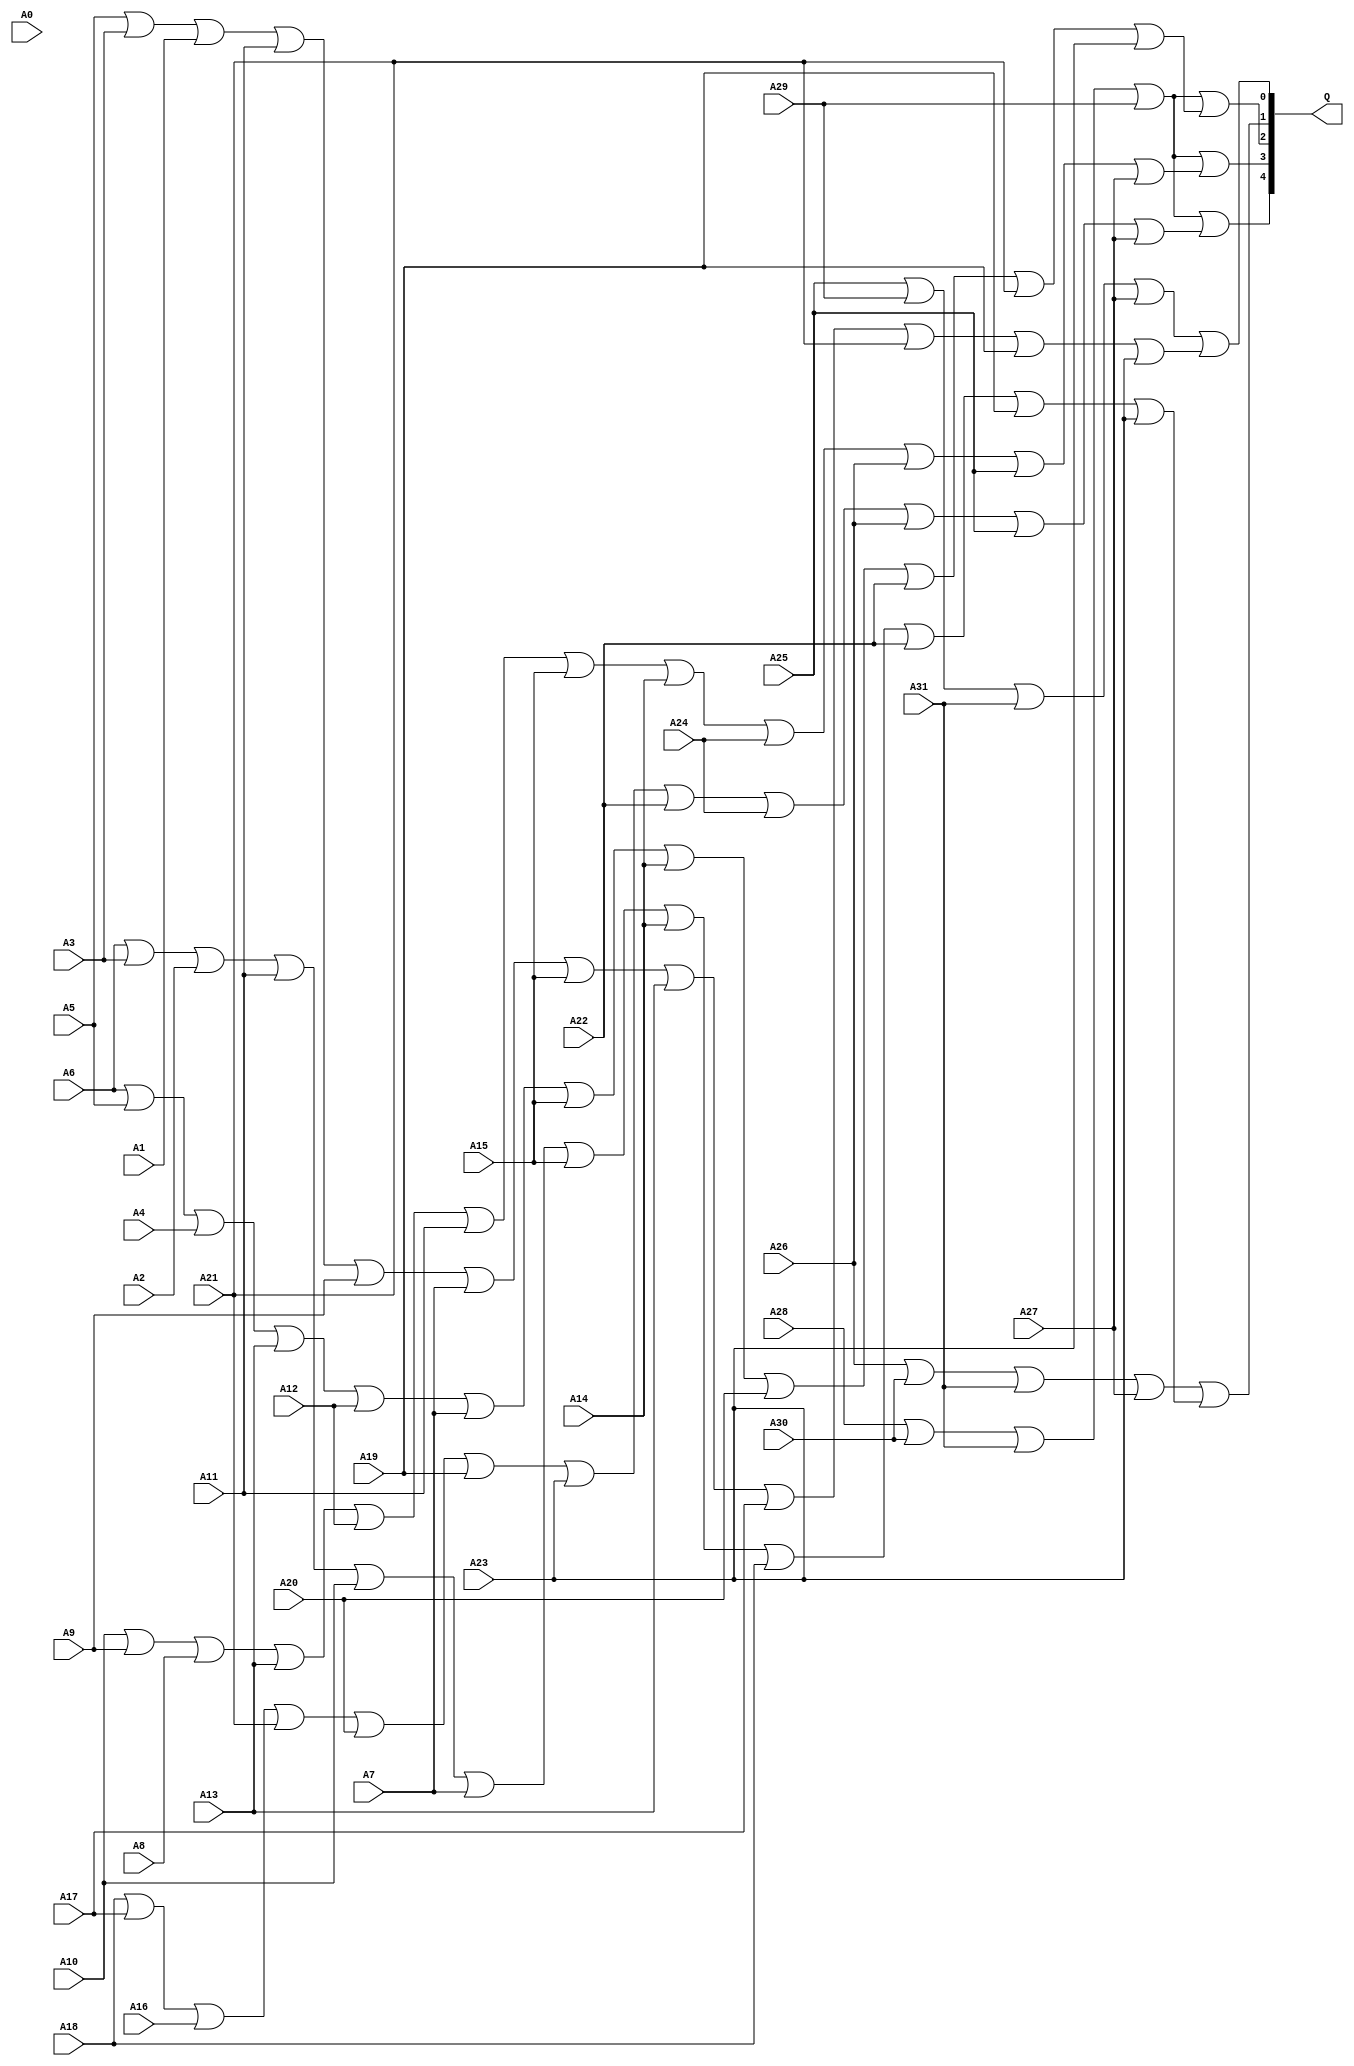
module Encoder_32(
	A0,
	A1,
	A2,
	A3,
	A4,
	A5,
	A6,
	A7,
	A8,
	A9,
	A10,
	A11,
	A12,
	A13,
	A14,
	A15,
	A16,
	A17,
	A18,
	A19,
	A20,
	A21,
	A22,
	A23,
	A24,
	A25,
	A26,
	A27,
	A28,
	A29,
	A30,
	A31,
	Q
);


input wire	A0;
input wire	A1;
input wire	A2;
input wire	A3;
input wire	A4;
input wire	A5;
input wire	A6;
input wire	A7;
input wire	A8;
input wire	A9;
input wire	A10;
input wire	A11;
input wire	A12;
input wire	A13;
input wire	A14;
input wire	A15;
input wire	A16;
input wire	A17;
input wire	A18;
input wire	A19;
input wire	A20;
input wire	A21;
input wire	A22;
input wire	A23;
input wire	A24;
input wire	A25;
input wire	A26;
input wire	A27;
input wire	A28;
input wire	A29;
input wire	A30;
input wire	A31;
output wire	[4:0] Q;

wire	[4:0] Q_ALTERA_SYNTHESIZED;
wire	SYNTHESIZED_WIRE_0;
wire	SYNTHESIZED_WIRE_1;
wire	SYNTHESIZED_WIRE_2;
wire	SYNTHESIZED_WIRE_3;
wire	SYNTHESIZED_WIRE_4;
wire	SYNTHESIZED_WIRE_5;
wire	SYNTHESIZED_WIRE_6;
wire	SYNTHESIZED_WIRE_7;
wire	SYNTHESIZED_WIRE_8;
wire	SYNTHESIZED_WIRE_9;




assign	SYNTHESIZED_WIRE_1 = A5 | A3 | A1 | A11 | A9 | A7 | A15 | A13 | A17 | A21 | A19 | A23;

assign	SYNTHESIZED_WIRE_0 = A25 | A29 | A31 | A27;

assign	Q_ALTERA_SYNTHESIZED[0] = SYNTHESIZED_WIRE_0 | SYNTHESIZED_WIRE_1;

assign	SYNTHESIZED_WIRE_3 = A6 | A3 | A2 | A11 | A10 | A7 | A15 | A14 | A18 | A22 | A19 | A23;

assign	SYNTHESIZED_WIRE_2 = A26 | A30 | A31 | A27;

assign	SYNTHESIZED_WIRE_5 = A6 | A5 | A4 | A13 | A12 | A7 | A15 | A14 | A20 | A22 | A21 | A23;

assign	Q_ALTERA_SYNTHESIZED[1] = SYNTHESIZED_WIRE_2 | SYNTHESIZED_WIRE_3;

assign	SYNTHESIZED_WIRE_4 = A28 | A30 | A31 | A29;

assign	Q_ALTERA_SYNTHESIZED[2] = SYNTHESIZED_WIRE_4 | SYNTHESIZED_WIRE_5;

assign	SYNTHESIZED_WIRE_7 = A10 | A9 | A8 | A13 | A12 | A11 | A15 | A14 | A24 | A26 | A25 | A27;

assign	SYNTHESIZED_WIRE_6 = A28 | A30 | A31 | A29;

assign	Q_ALTERA_SYNTHESIZED[3] = SYNTHESIZED_WIRE_6 | SYNTHESIZED_WIRE_7;

assign	SYNTHESIZED_WIRE_9 = A18 | A17 | A16 | A21 | A20 | A19 | A23 | A22 | A24 | A26 | A25 | A27;

assign	SYNTHESIZED_WIRE_8 = A28 | A30 | A31 | A29;

assign	Q_ALTERA_SYNTHESIZED[4] = SYNTHESIZED_WIRE_8 | SYNTHESIZED_WIRE_9;

assign	Q = Q_ALTERA_SYNTHESIZED;

endmodule